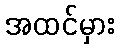
အထင်မှား